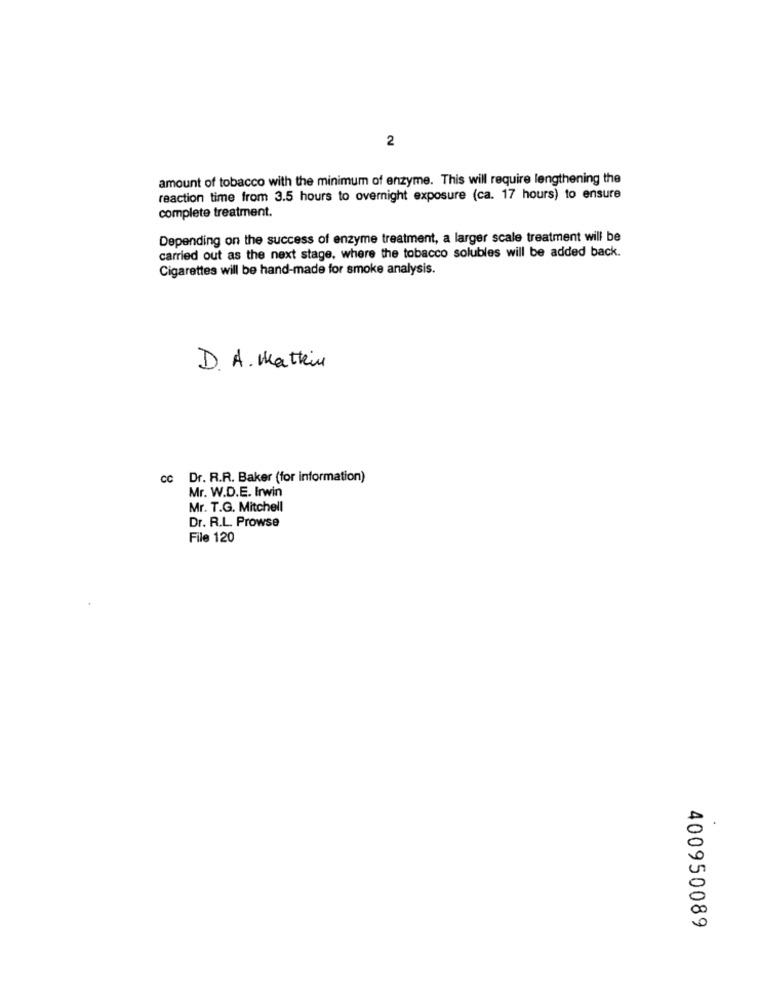
2
amount of tobacco with the minimum of enzyme. This will require lengthening the
reaction time from 3.5 hours to overnight exposure (ca. 17 hours) to ensure
complete treatment.
Depending on the success of enzyme treatment, a larger scale treatment will be
carried out as the next stage, where the tobacco solubles will be added back.
Cigarettes will be hand-made for smoke analysis.
D. A . Mattein
cc Dr. R.R. Baker (for information)
Mr. W.D.E. Irwin
Mr. T.G. Mitchell
Dr. R.L. Prowse
File 120
400950089